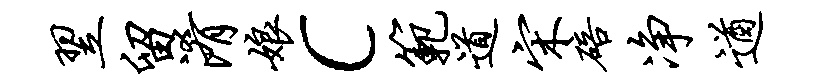
翌留淆娘c范道宋碚净遒